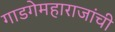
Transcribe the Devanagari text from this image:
गाडगेमहाराजांची